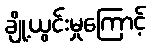
ချို့ယွင်းမှုကြောင့်